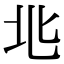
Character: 𡉵